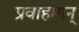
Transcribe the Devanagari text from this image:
प्रवाहमान्